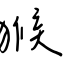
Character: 猴